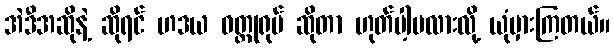
အဲဒီအဆိုနဲ့ ဆိုရင် ဟဒယ ဝတ္ထုရုပ် ဆိုတာ ဟုတ်ပါ့မလားလို့ ယုံမှားကြတယ်။